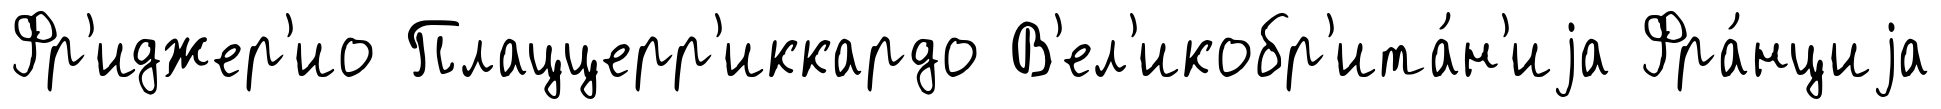
Фр'иджер'ио Плаццерр'иккардо В'ел'икобр'ита́н'иjа Фра́нциjа